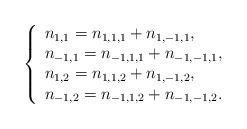
LaTeX: \begin{align*} \left\{ \begin{array}{ll} n_{1,1}=n_{1,1,1}+n_{1,-1,1}, \\ n_{-1,1}=n_{-1,1,1}+n_{-1,-1,1},\\ n_{1,2}=n_{1,1,2}+n_{1,-1,2}, \\ n_{-1,2}=n_{-1,1,2}+n_{-1,-1,2}. \end{array} \right.\end{align*}